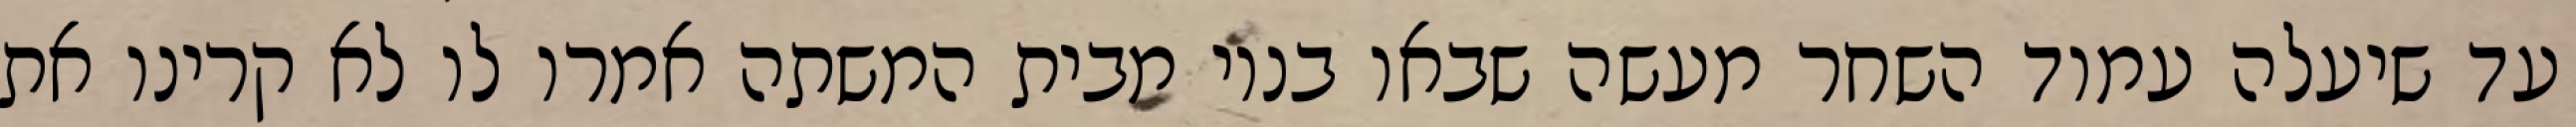
עד שיעלה עמוד השחר מעשה שבאו בניו מבית המשתה אמרו לו לא קרינו את